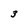
Character: 3